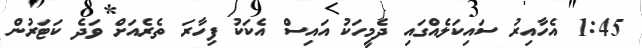
1:45 އެހާއިރު ސައިކަލެއްގައި ދެމީހަކު އައިސް އެކަކު ފިހާރަ ތެރެއަށް ވަދެ ކަޓަރުން